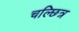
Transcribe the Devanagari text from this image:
चल्छित्र